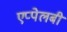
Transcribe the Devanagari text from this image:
एप्पेलबी